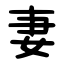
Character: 妻